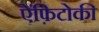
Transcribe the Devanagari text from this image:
ऐंफ़िटोकी